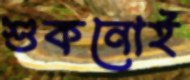
শুকনোই